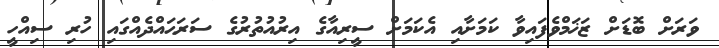
ވަރަށް ބޮޑަށް ޒަޚަމްވެފައިވާ ކަމަށާއި އެކަމަށް ސީރިއާގެ އިރުއުތުރުގެ ސަރަޙައްދެއްގައި ހުރި ސިއްހީ